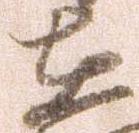
在